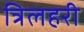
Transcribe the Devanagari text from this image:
त्रिलहरी